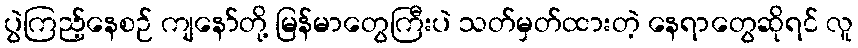
ပွဲကြည့်နေစဉ် ကျနော်တို့ မြန်မာတွေကြီးပဲ သတ်မှတ်ထားတဲ့ နေရာတွေဆိုရင် လူ